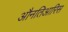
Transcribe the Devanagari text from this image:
औनतिआरिस